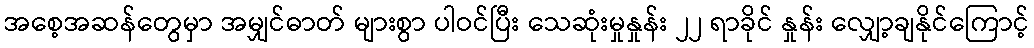
အစေ့အဆန်တွေမှာ အမျှင်ဓာတ် များစွာ ပါဝင်ပြီး သေဆုံးမှုနှုန်း ၂၂ ရာခိုင် နှုန်း လျှော့ချနိုင်ကြောင့်